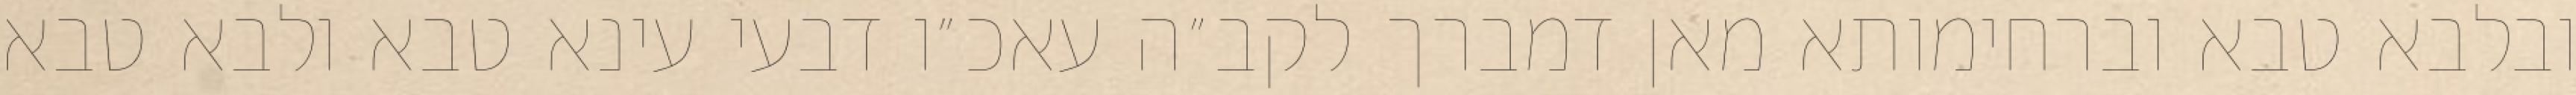
ובלבא טבא וברחימותא מאן דמברך לקב״ה עאכ״ו דבעי עינא טבא ולבא טבא